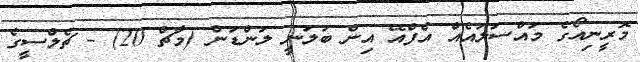
މޮރީނިއޯގެ މައްސަލައެއް އެފްއޭ އިން ބަލަނީ ލަންޑަން (މާޗް 20) - ޗެލްސީގެ